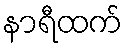
နာရီထက်